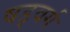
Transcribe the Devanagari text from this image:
षड्वर्ग